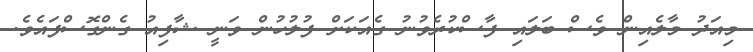
މިއަދު މާލެއިން ވެސް ބަލައި ފާސްކުރެވުނު ގެއަކަށް ފުލުހުން ވަނީ ޝާފިއު ގެންގޮސްފައެވެ.